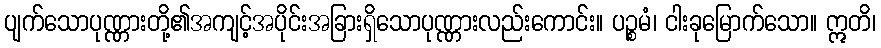
ပျက်သောပုဏ္ဏားတို့၏အကျင့်အပိုင်းအခြားရှိသောပုဏ္ဏားလည်းကောင်း။ ပဉ္စမံ၊ ငါးခုမြောက်သော။ ဣတိ၊